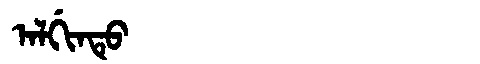
Manchu: ᠠᠯᡤᡳᠨᡨᡠ
Romanization: ALGINTU